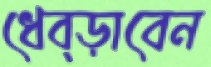
ধেব্‌ড়াবেন